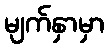
မျက်နှာမှာ